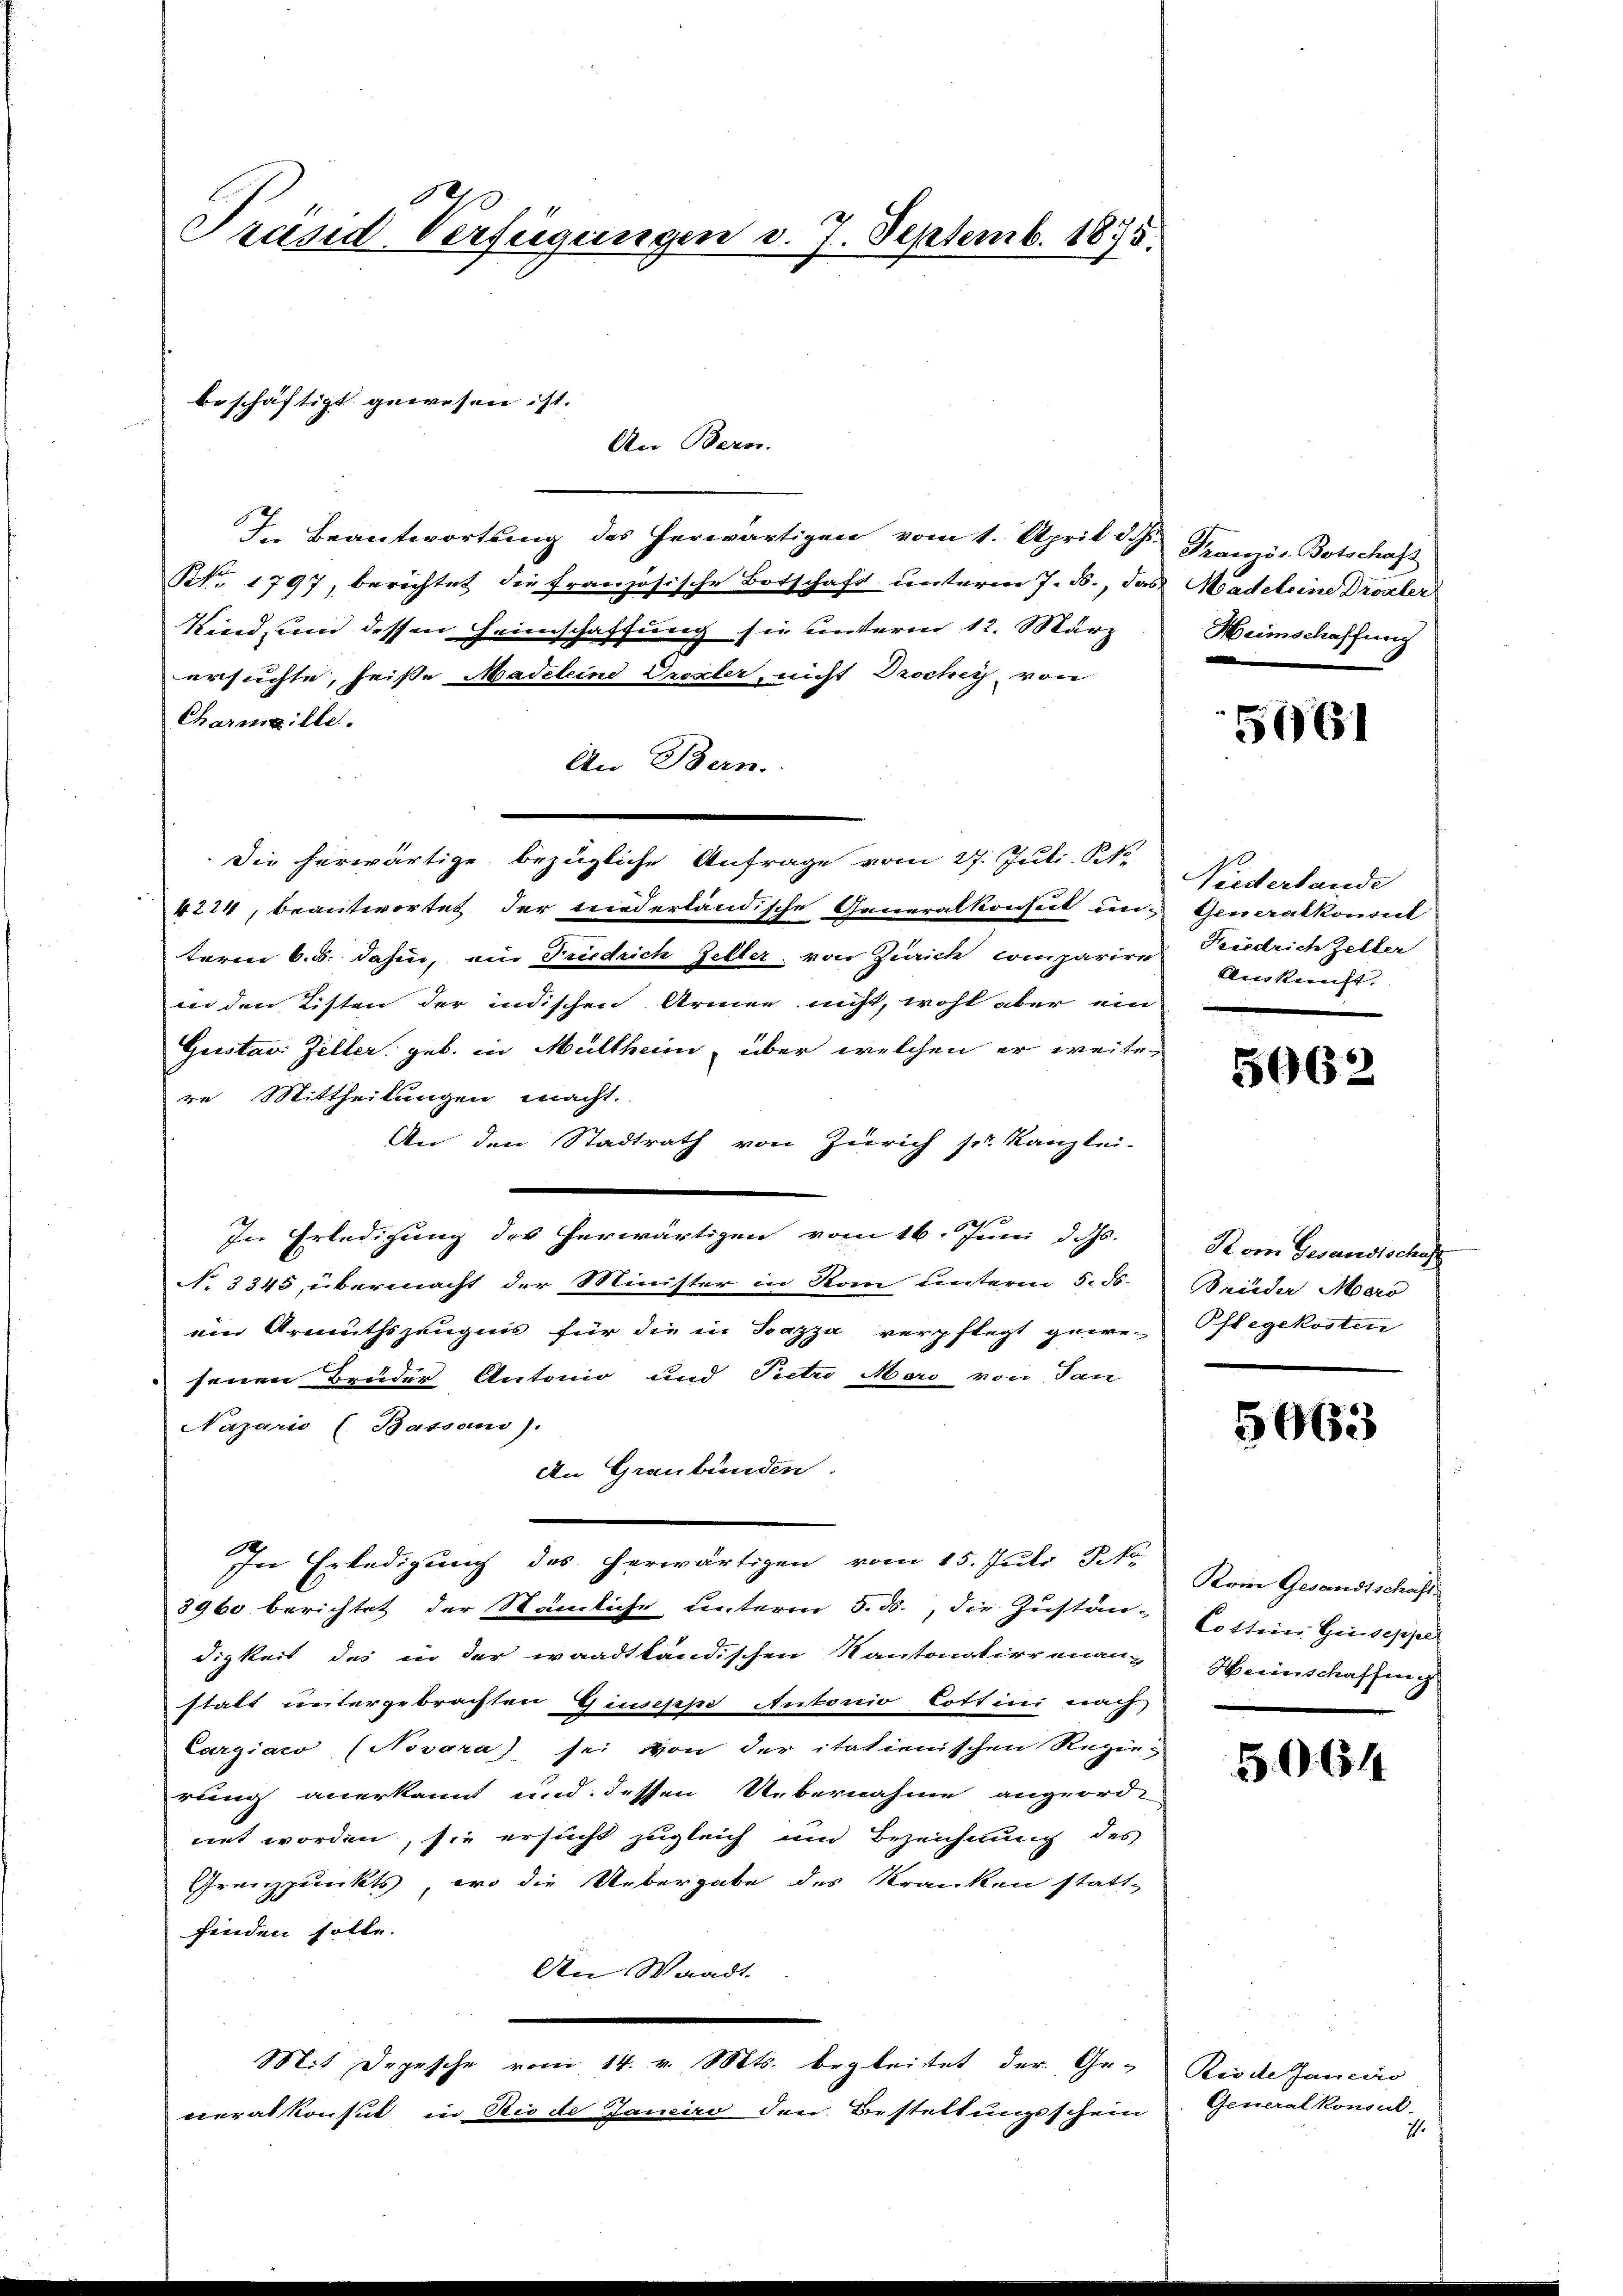
Träsd Verfügungen d. 7. Septemb. 1875.

An Bern.
I. Beantwortung des herwärtigen vom 1. April d. J. Paris Botschaft
Nr. 1797, berichtet die französische Botschaft unterm 7. ds., das Madeleine Drozler
Kind, und dessen Heimschaffung sie unterm 12. März
ersuchte, heiße Madeleine Prexler, nicht Drochey, von
Champille.
An Bern.
Die herwärtige bezügliche Anfrage vom 27. Juli, R
4274, beantwortet der niederländische Generalkonseit und Generalkonsul
teren 6. d. dahin, ein Friedrich Geller von Zürich comparire
in den Listen der indischen Armen nicht, wohl aber ein
Geistan Zeller geb. in Müllheim, über welchen er weiter
re Mittheilungen macht.
An den Stadtrath von Zürich sr. Kanzlei-
In Erledigung des herwärtigen vom 16. Juni d. Js.
No 3345, übermacht der Minister in Rom unterm 5. ds.
ein Armuthszeugnis für die in Bazza verpflegt gewe-
senen Bruder Antonio und Pietr Mord von Jan
Nazario (Bassani).
An Graubünden.
In Erledigung des herwärtigen vom 15. Juli NNo.
8960 berichtet der Stämliche unterm 5. ds., die Zustän-
digkeit des in der waadtländischen Kantonotierenan-
statt untergebrachten Giuseppe Autorio Cottini nach
Cargiaco (Novora) sei von der itatienischen Regierung anerkannt und: dessen Uebernahme angeord-
net worden, sie ersucht zugleich und Bezeichnung des
Granzpunkts, wo die Uebergabe des Kranken statt-
finden solle.
An Waadt.
Mit Depesche vom 14. v. Mts. begleitet der Ge-
neralkonsul in Rio de Janeiro den Bestellungsschein

beschäftigt gewesen ist. |

Heimschaffung

5661

Niederlande
Kisdrich Zeller
Auskunft.

5962

Kom Gesandtschaft
Brüder Maro
Pflegekosten

5663

Kom Gesandtschaft
Cotterer Geiseppe
Heinschaffung

5064

Riode Janeiro
Generalkonsul-
71.